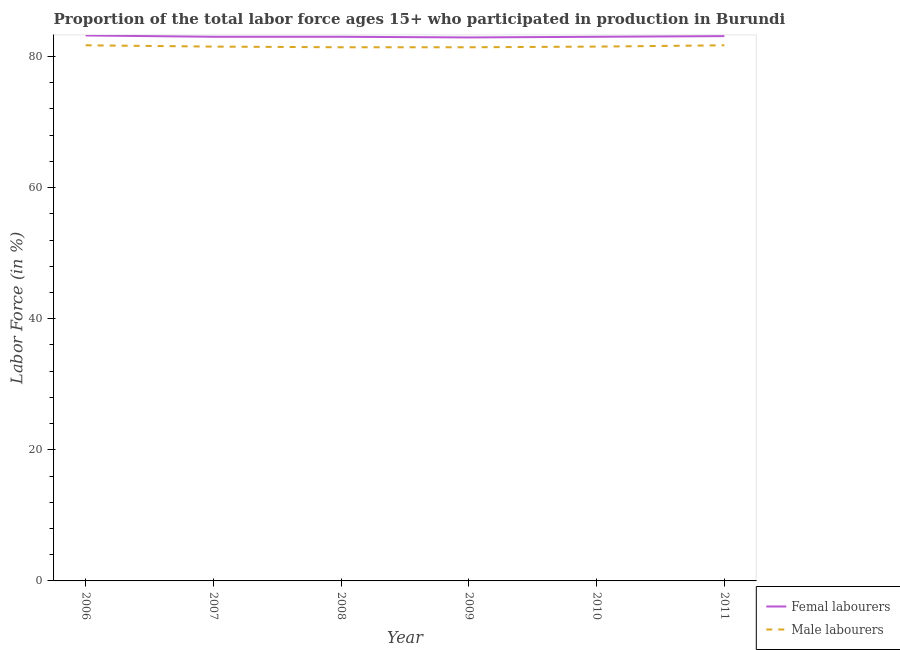
| Year | Femal labourers | Male labourers |
 | --- | --- | --- |
 | 2006 | 83.2 | 81.7 |
 | 2007 | 83 | 81.5 |
 | 2008 | 83 | 81.4 |
 | 2009 | 82.9 | 81.4 |
 | 2010 | 83 | 81.5 |
 | 2011 | 83.1 | 81.7 |